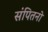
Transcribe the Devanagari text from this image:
संपितनो